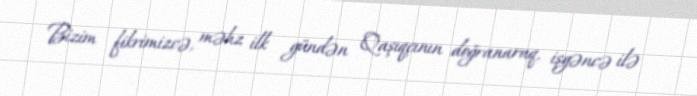
Bizim fikrimizcə, məhz ilk gündən Qaşıqçının doğranaraq, işgəncə ilə